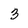
Character: 3